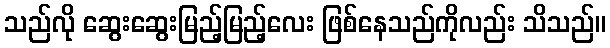
သည်လို ဆွေးဆွေးမြည့်မြည့်လေး ဖြစ်နေသည်ကိုလည်း သိသည်။